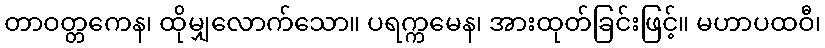
တာဝတ္တကေန၊ ထိုမျှလောက်သော။ ပရက္ကမေန၊ အားထုတ်ခြင်းဖြင့်။ မဟာပထဝီ၊